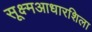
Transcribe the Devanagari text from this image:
सूक्ष्मआधारशिला